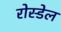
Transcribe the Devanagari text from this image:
रोस्डेल